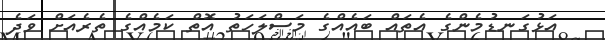
އަޅުގަނޑުމެންގެ އެތައް ބައެއްގެ މަސްލަހަތު އޮތް ކަމެއްގެ ތެރެއަށް ވަދެ